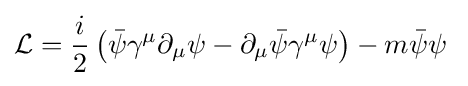
{\mathcal {L}}={i \over 2}\left({\bar {\psi }}\gamma ^{\mu }\partial _{\mu }\psi -\partial _{\mu }{\bar {\psi }}\gamma ^{\mu }\psi \right)-m{\bar {\psi }}\psi \;